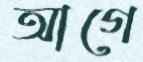
আগে